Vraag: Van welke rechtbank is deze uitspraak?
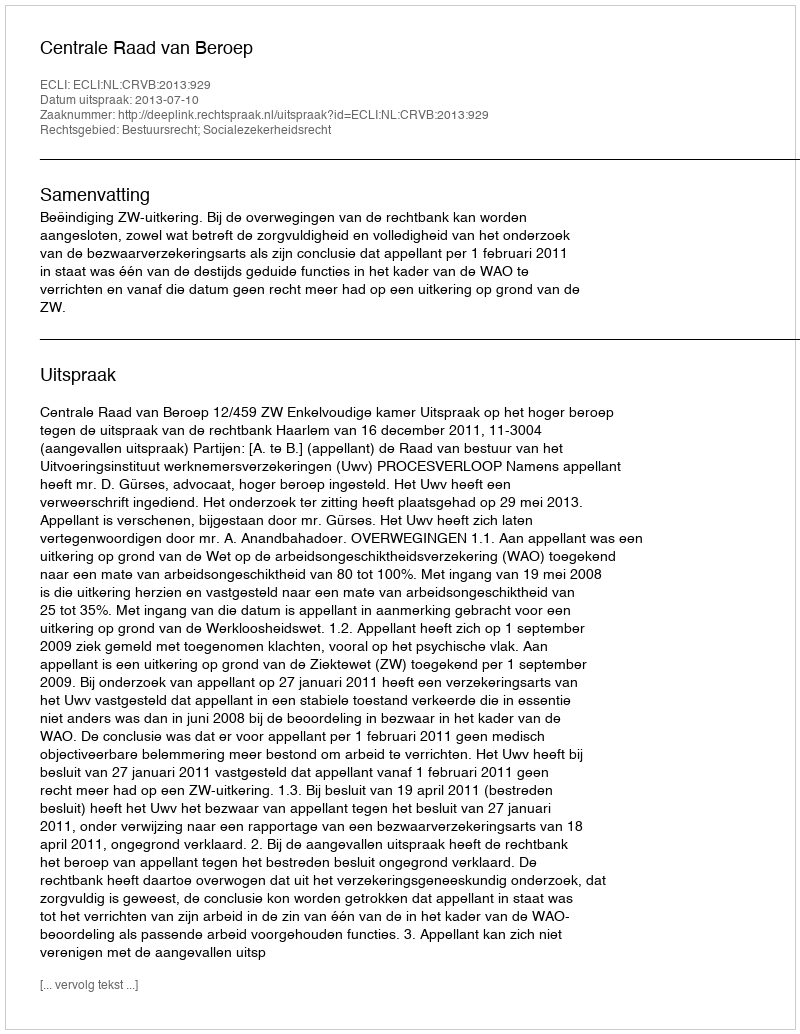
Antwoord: Centrale Raad van Beroep